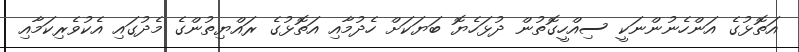
އަތޮޅުގެ އަންހެނުންނަކީ ސިއްހީގޮތުން ދުޅަހެޔޮ ބަޔަކަށް ހެދުމާއި އަތޮޅުގެ ރައްޔިތުންގެ މެދުގައި އެކުވެރިކަމާއި